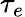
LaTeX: \tau_{e}